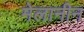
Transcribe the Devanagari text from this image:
मेलानीन